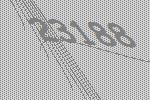
23188